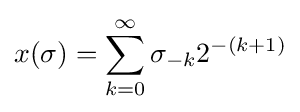
x(\sigma )=\sum _{k=0}^{\infty }\sigma _{-k}2^{-(k+1)}